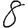
Digit: 8